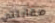
مقابلتي